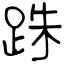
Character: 跦